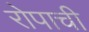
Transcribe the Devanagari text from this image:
रोपाची